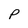
Character: P